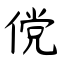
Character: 傥